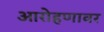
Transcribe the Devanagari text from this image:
आरोहणावर